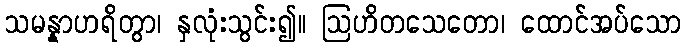
သမန္နာဟရိတွာ၊ နှလုံးသွင်း၍။ ဩဟိတသေတော၊ ထောင်အပ်သော